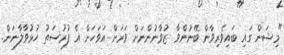
"މިޝަން ގައި ބައިވެރިވާން ބޭނުންވާ ޒުވާނުންނަށް ވަރަށް އަވަހަށް އެ ފުރުސަތު ހުޅުވާލާނަން.